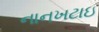
નાનખટાઇ